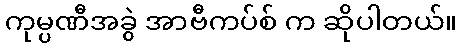
ကုမ္ပဏီအခွဲ အာဗီကပ်စ် က ဆိုပါတယ်။